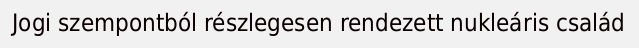
Jogi szempontból részlegesen rendezett nukleáris család